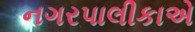
નગરપાલીકાએ